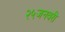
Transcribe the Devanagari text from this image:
२५जनवरी